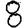
Digit: 8